Civil Veterinary Dept. Assam report 1911-1927 - 1911-1927
Year: 1911
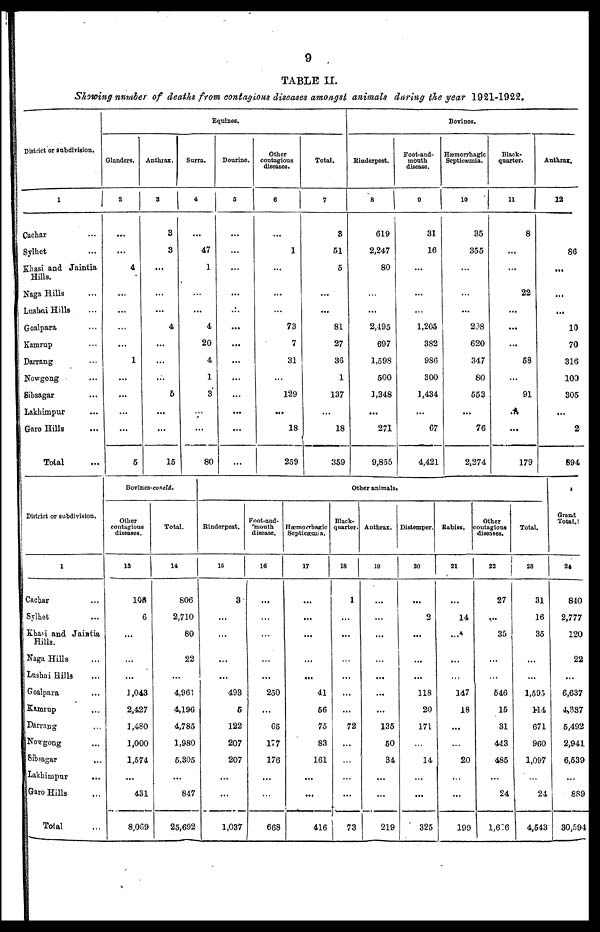
9
TABLE II.
Showing number of deaths from contagious diseases amongst animals during the year 1921-1922.
District or subdivision.
1
Cachar ...
Sylhet ...
Khasi and Jaintia
Hills.
Naga Hills ...
Lushai Hills ...
Goalpara ...
Kamrup ...
Darrang ...
Nowgong ...
Sibsagar ...
Lakhimpur ...
Garo Hills ...
Total ...
Equines.
Glanders.
2
...
...
4
...
...
...
...
1
...
...
...
...
5
Anthrax.
3
3
3
...
...
...
4
...
...
...
5
...
...
15
Surra.
4
...
47
1
...
...
4
20
4
1
3
...
...
80
Dourine.
5
...
...
...
...
...
...
...
...
...
...
...
...
...
Other
contagious
diseases.
6
...
1
...
...
...
73
7
31
...
129
...
18
259
Total.
7
3
51
5
...
...
81
27
36
1
137
...
18
359
Bovines.
Rinderpest.
8
619
2,247
80
...
...
2,495
697
1,598
500
3,348
...
271
9,855
Foot-and-
mouth
disease.
9
31
16
...
...
...
1,205
382
986
300
1,434
...
67
4,421
Hæmorrhagic
Septicæmia.
10
35
355
...
...
...
208
620
347
80
553
...
76
2,274
Black-
quarter.
11
8
...
...
22
...
...
...
58
...
91
...
...
179
Anthrax.
12
86
...
...
...
10
70
316
100
305
...
2
894
District or subdivision.
1
Cachar ...
Sylhet ...
Khasi and Jaintia
Hills.
Naga Hills ...
Lushai Hills ...
Goalpara ...
Kamrup ...
Darrang ...
Nowgong ...
Sibsagar ...
Lakhimpur ...
Garo Hills ...
Total ...
Bovines-concld.
Other
contagious
diseases.
13
108
6
...
...
...
1,043
2,427
3,480
1,000
1,574
...
431
8,069
Total.
14
806
2,710
80
22
...
4,961
4,196
4,785
1,980
5,305
...
847
25,692
Other animals.
Rinderpest.
15
3
...
...
...
...
493
5
122
207
207
...
...
1,037
Foot-and-
mouth
disease.
16
...
...
...
...
...
250
...
65
177
176
...
...
668
Hæmorrhagic
Septicæmia.
17
...
...
...
...
...
41
56
75
83
161
...
...
416
Black-
quarter.
18
1
...
...
...
...
...
...
72
...
...
...
...
73
Anthrax.
19
...
...
...
...
...
...
...
135
50
34
...
...
219
Distemper.
20
...
2
...
...
...
118
20
171
...
14
...
...
325
Rabies.
21
...
14
...
...
...
147
18
...
...
20
...
...
199
Other
contagious
diseases.
22
27
...
35
...
...
546
15
31
443
485
...
24
1,606
Total.
23
31
16
35
...
...
1,595
114
671
960
1,097
...
24
4,543
Grand
Total.
24
840
2,777
120
22
...
6,637
4,337
5,492
2,941
6,539
...
889
30,594